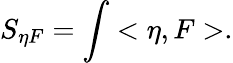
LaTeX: S_{\eta F}=\int<\eta,F>.